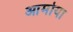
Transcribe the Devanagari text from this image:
आमोया